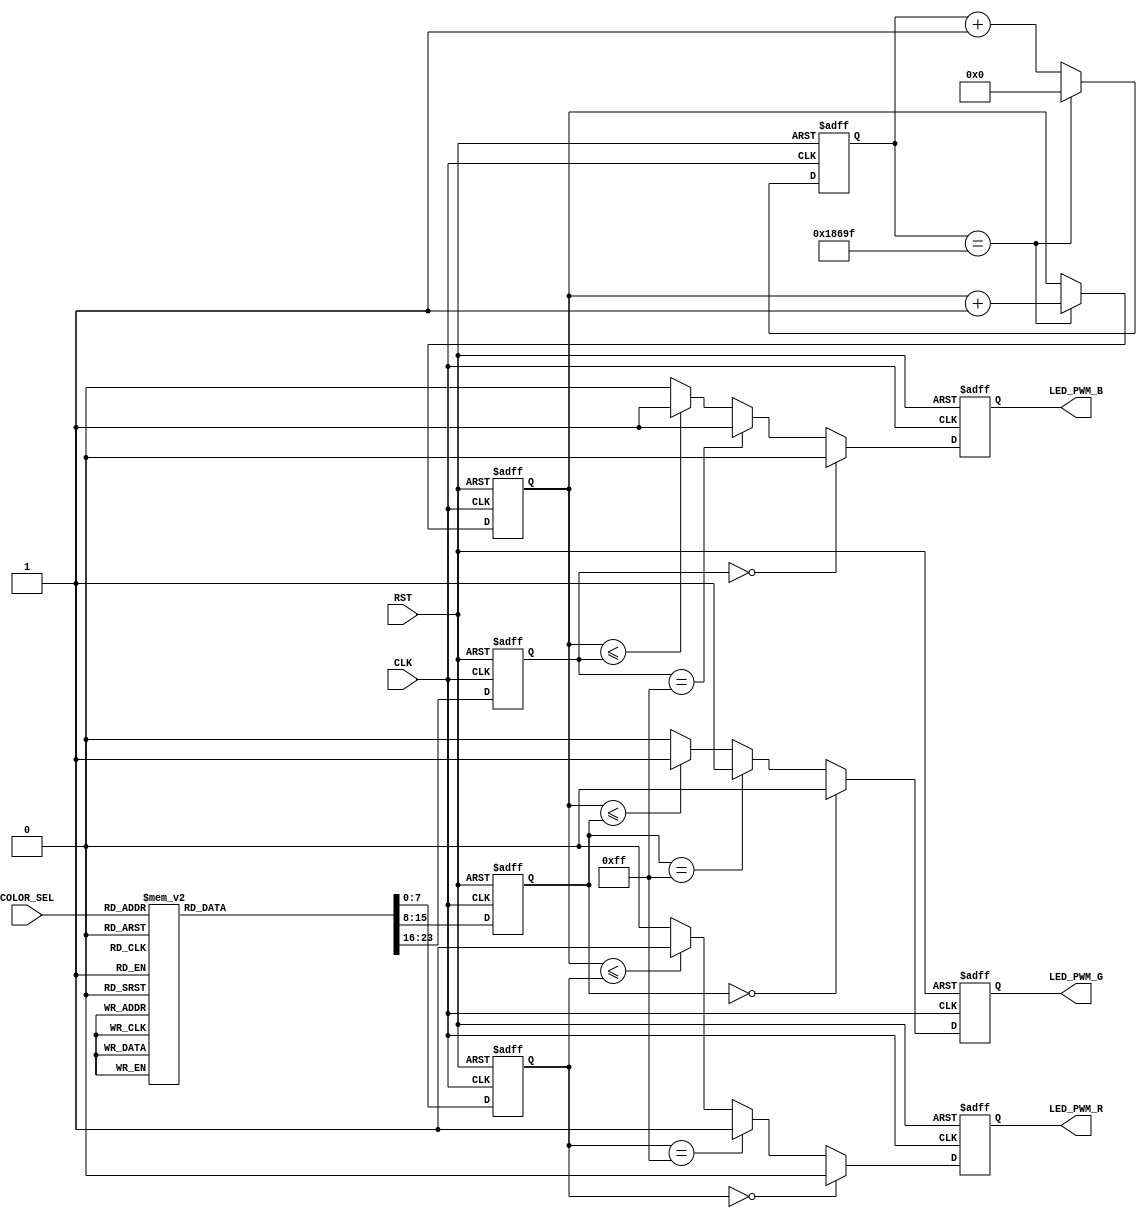

//////////////////////////////////////////////////////////////////////////////////
// Module Name: LED_12_AND_W
// Function: Control full color LED to make 12 colors + white
//////////////////////////////////////////////////////////////////////////////////

module LED_12_AND_W #(
    parameter                           P_PWM_PERIOD  = 100000   /* Pwm period */
) (
    input  wire                         CLK,
    input  wire                         RST,                    /* Active high */
    input  wire [3:0]                   COLOR_SEL,              /* 0=Write, 1=Red, 2=Orange, ..., 5=Green, ..., 9=Blue, ...*/
    output reg                          LED_PWM_R,
    output reg                          LED_PWM_G,
    output reg                          LED_PWM_B
);

/********************************************************************************/
/**** Functions *****************************************************************/
/********************************************************************************/
function integer min_bw (input integer n);    /* Minimum required bit width for n */
    integer cnt;
    integer n_shift;
begin    
    cnt = 0;
    n_shift = n;

    while (n_shift > 0) begin
        n_shift = n_shift >> 1;
        cnt = cnt + 1;
    end
    
    min_bw = cnt;
end
endfunction

/********************************************************************************/
/**** Local parameters **********************************************************/
/********************************************************************************/

localparam                  P_BW_CNT = min_bw(P_PWM_PERIOD - 1);   /* Bit width of 1ms counter */
localparam [P_BW_CNT - 1:0] P_CNT_MAX = P_PWM_PERIOD - 1;          /* 1ms counte max value */


/********************************************************************************/
/**** Signals *******************************************************************/
/********************************************************************************/

/* Make 1ms */
reg [P_BW_CNT - 1:0]                    cnt_1ms;                /* 1ms counter */

/* 256 counter */
reg [7:0]                               cnt_256;

/* Duty cycle */
reg [7:0]                               duty_r;
reg [7:0]                               duty_g;
reg [7:0]                               duty_b;


/********************************************************************************/
/**** Behaviour *****************************************************************/
/********************************************************************************/

/* Make 1ms */
always @ (posedge CLK or posedge RST) begin
    if (RST) begin
        cnt_1ms <=  {P_BW_CNT{1'b0}};
    end else begin
        if (cnt_1ms == P_CNT_MAX)
            cnt_1ms <=  {P_BW_CNT{1'b0}};
        else
            cnt_1ms <=  cnt_1ms + 1'b1;
    end
end


/* 256 counter */
always @ (posedge CLK or posedge RST) begin
    if (RST) begin
        cnt_256 <=  8'd0;
    end else begin
        if (cnt_1ms == P_CNT_MAX)
            cnt_256 <=  cnt_256 + 1'b1;
        else
            cnt_256 <=  cnt_256;
    end
end


/* Duty cycle */
always @ (posedge CLK or posedge RST) begin
    if (RST) begin
        duty_r   <=  8'h00;
        duty_g   <=  8'h00;
        duty_b   <=  8'h00;
    end else begin
        case (COLOR_SEL)
            4'd0  : begin   /* Write */
                    duty_r   <=  8'hFF;
                    duty_g   <=  8'hFF;
                    duty_b   <=  8'hFF;
                end

            4'd1  : begin   /* Deep pink */
                    duty_r   <=  8'hFF;
                    duty_g   <=  8'h00;
                    duty_b   <=  8'h7F;
                end

            4'd2  : begin   /* Red */
                    duty_r   <=  8'hFF;
                    duty_g   <=  8'h00;
                    duty_b   <=  8'h00;
                end

            4'd3  : begin   /* Orange */
                    duty_r   <=  8'hFF;
                    duty_g   <=  8'h7F;
                    duty_b   <=  8'h00;
                end

            4'd4  : begin   /* Yellow */
                    duty_r   <=  8'hFF;
                    duty_g   <=  8'hFF;
                    duty_b   <=  8'h00;
                end

            4'd5  : begin   /* Yellow green */
                    duty_r   <=  8'h80;
                    duty_g   <=  8'hFF;
                    duty_b   <=  8'h00;
                end

            4'd6  : begin   /* Green */
                    duty_r   <=  8'h00;
                    duty_g   <=  8'hFF;
                    duty_b   <=  8'h00;
                end

            4'd7  : begin   /* Spring green */
                    duty_r   <=  8'h00;
                    duty_g   <=  8'hFF;
                    duty_b   <=  8'h7F;
                end

            4'd8  : begin   /* Aqua */
                    duty_r   <=  8'h00;
                    duty_g   <=  8'hFF;
                    duty_b   <=  8'hFF;
                end

            4'd9  : begin   /* Deepsky */
                    duty_r   <=  8'h00;
                    duty_g   <=  8'h7F;
                    duty_b   <=  8'hFF;
                end

            4'd10  : begin   /* Blue */
                    duty_r   <=  8'h00;
                    duty_g   <=  8'h00;
                    duty_b   <=  8'hFF;
                end

            4'd11  : begin   /* Violet */
                    duty_r   <=  8'h7F;
                    duty_g   <=  8'h00;
                    duty_b   <=  8'hFF;
                end

            4'd12  : begin   /* Magenta */
                    duty_r   <=  8'hFF;
                    duty_g   <=  8'h00;
                    duty_b   <=  8'hFF;
                end

            default  : begin    /* Black */
                    duty_r   <=  8'h00;
                    duty_g   <=  8'h00;
                    duty_b   <=  8'h00;
                end
        endcase
    end
end


/* PWM output */
always @ (posedge CLK or posedge RST) begin
    if (RST) begin
        LED_PWM_R <=  1'b0;
    end else begin
        if (duty_r == 8'h00)
            LED_PWM_R <=  1'b0;
        else
            if (duty_r == 8'hFF)
                LED_PWM_R <=  1'b1;
            else
                if (cnt_256 <= duty_r)
                    LED_PWM_R <=  1'b1;
                else
                    LED_PWM_R <=  1'b0;
    end
end

always @ (posedge CLK or posedge RST) begin
    if (RST) begin
        LED_PWM_G <=  1'b0;
    end else begin
        if (duty_g == 8'h00)
            LED_PWM_G <=  1'b0;
        else
            if (duty_g == 8'hFF)
                LED_PWM_G <=  1'b1;
            else
                if (cnt_256 <= duty_g)
                    LED_PWM_G <=  1'b1;
                else
                    LED_PWM_G <=  1'b0;
    end
end

always @ (posedge CLK or posedge RST) begin
    if (RST) begin
        LED_PWM_B <=  1'b0;
    end else begin
        if (duty_b == 8'h00)
            LED_PWM_B <=  1'b0;
        else
            if (duty_b == 8'hFF)
                LED_PWM_B <=  1'b1;
            else
                if (cnt_256 <= duty_b)
                    LED_PWM_B <=  1'b1;
                else
                    LED_PWM_B <=  1'b0;
    end
end

endmodule